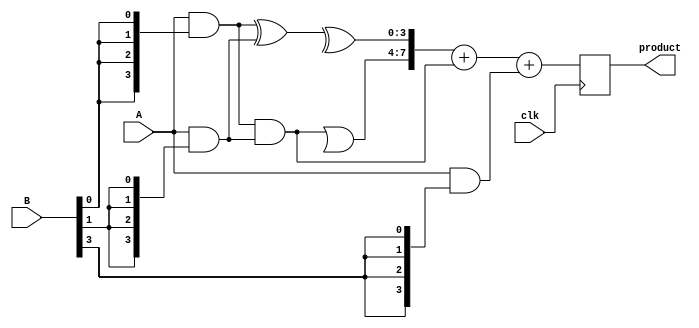
module WallaceTreeMultiplier #(parameter N = 4) (
    input wire clk,
    input wire [N-1:0] A,
    input wire [N-1:0] B,
    output reg [2*N-1:0] product
);

    // Partial products
    wire [N-1:0] pp [0:N-1]; // Partial products array

    // Generate partial products
    genvar i;
    generate
        for (i = 0; i < N; i = i + 1) begin : gen_partial_products
            assign pp[i] = A & {N{B[i]}};
        end
    endgenerate

    // Carry-Save Adder (CSA) stages
    wire [N-1:0] sum [0:N-1];
    wire [N-1:0] carry [0:N-1];

    // First stage of CSA
    generate
        for (i = 0; i < N-1; i = i + 1) begin : first_stage
            if (i % 2 == 0) begin
                assign sum[i] = pp[i] ^ pp[i+1];
                assign carry[i] = pp[i] & pp[i+1];
            end
        end
    endgenerate

    // Second stage of CSA
    wire [N-1:0] sum_next [0:N-2];
    wire [N-1:0] carry_next [0:N-2];

    generate
        for (i = 0; i < (N-1)/2; i = i + 1) begin : second_stage
            assign sum_next[i] = sum[2*i] ^ sum[2*i+1];
            assign carry_next[i] = carry[2*i] | carry[2*i+1];
        end
    endgenerate

    // Final addition
    wire [2*N-1:0] final_sum;
    wire [2*N-1:0] final_carry;

    assign final_sum = {carry_next[0], sum_next[0]} + {1'b0, carry[0]} + {1'b0, pp[N-1]};

    always @(posedge clk) begin
        product <= final_sum;
    end

endmodule